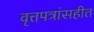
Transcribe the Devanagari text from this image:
वृत्तपत्रांसहीत